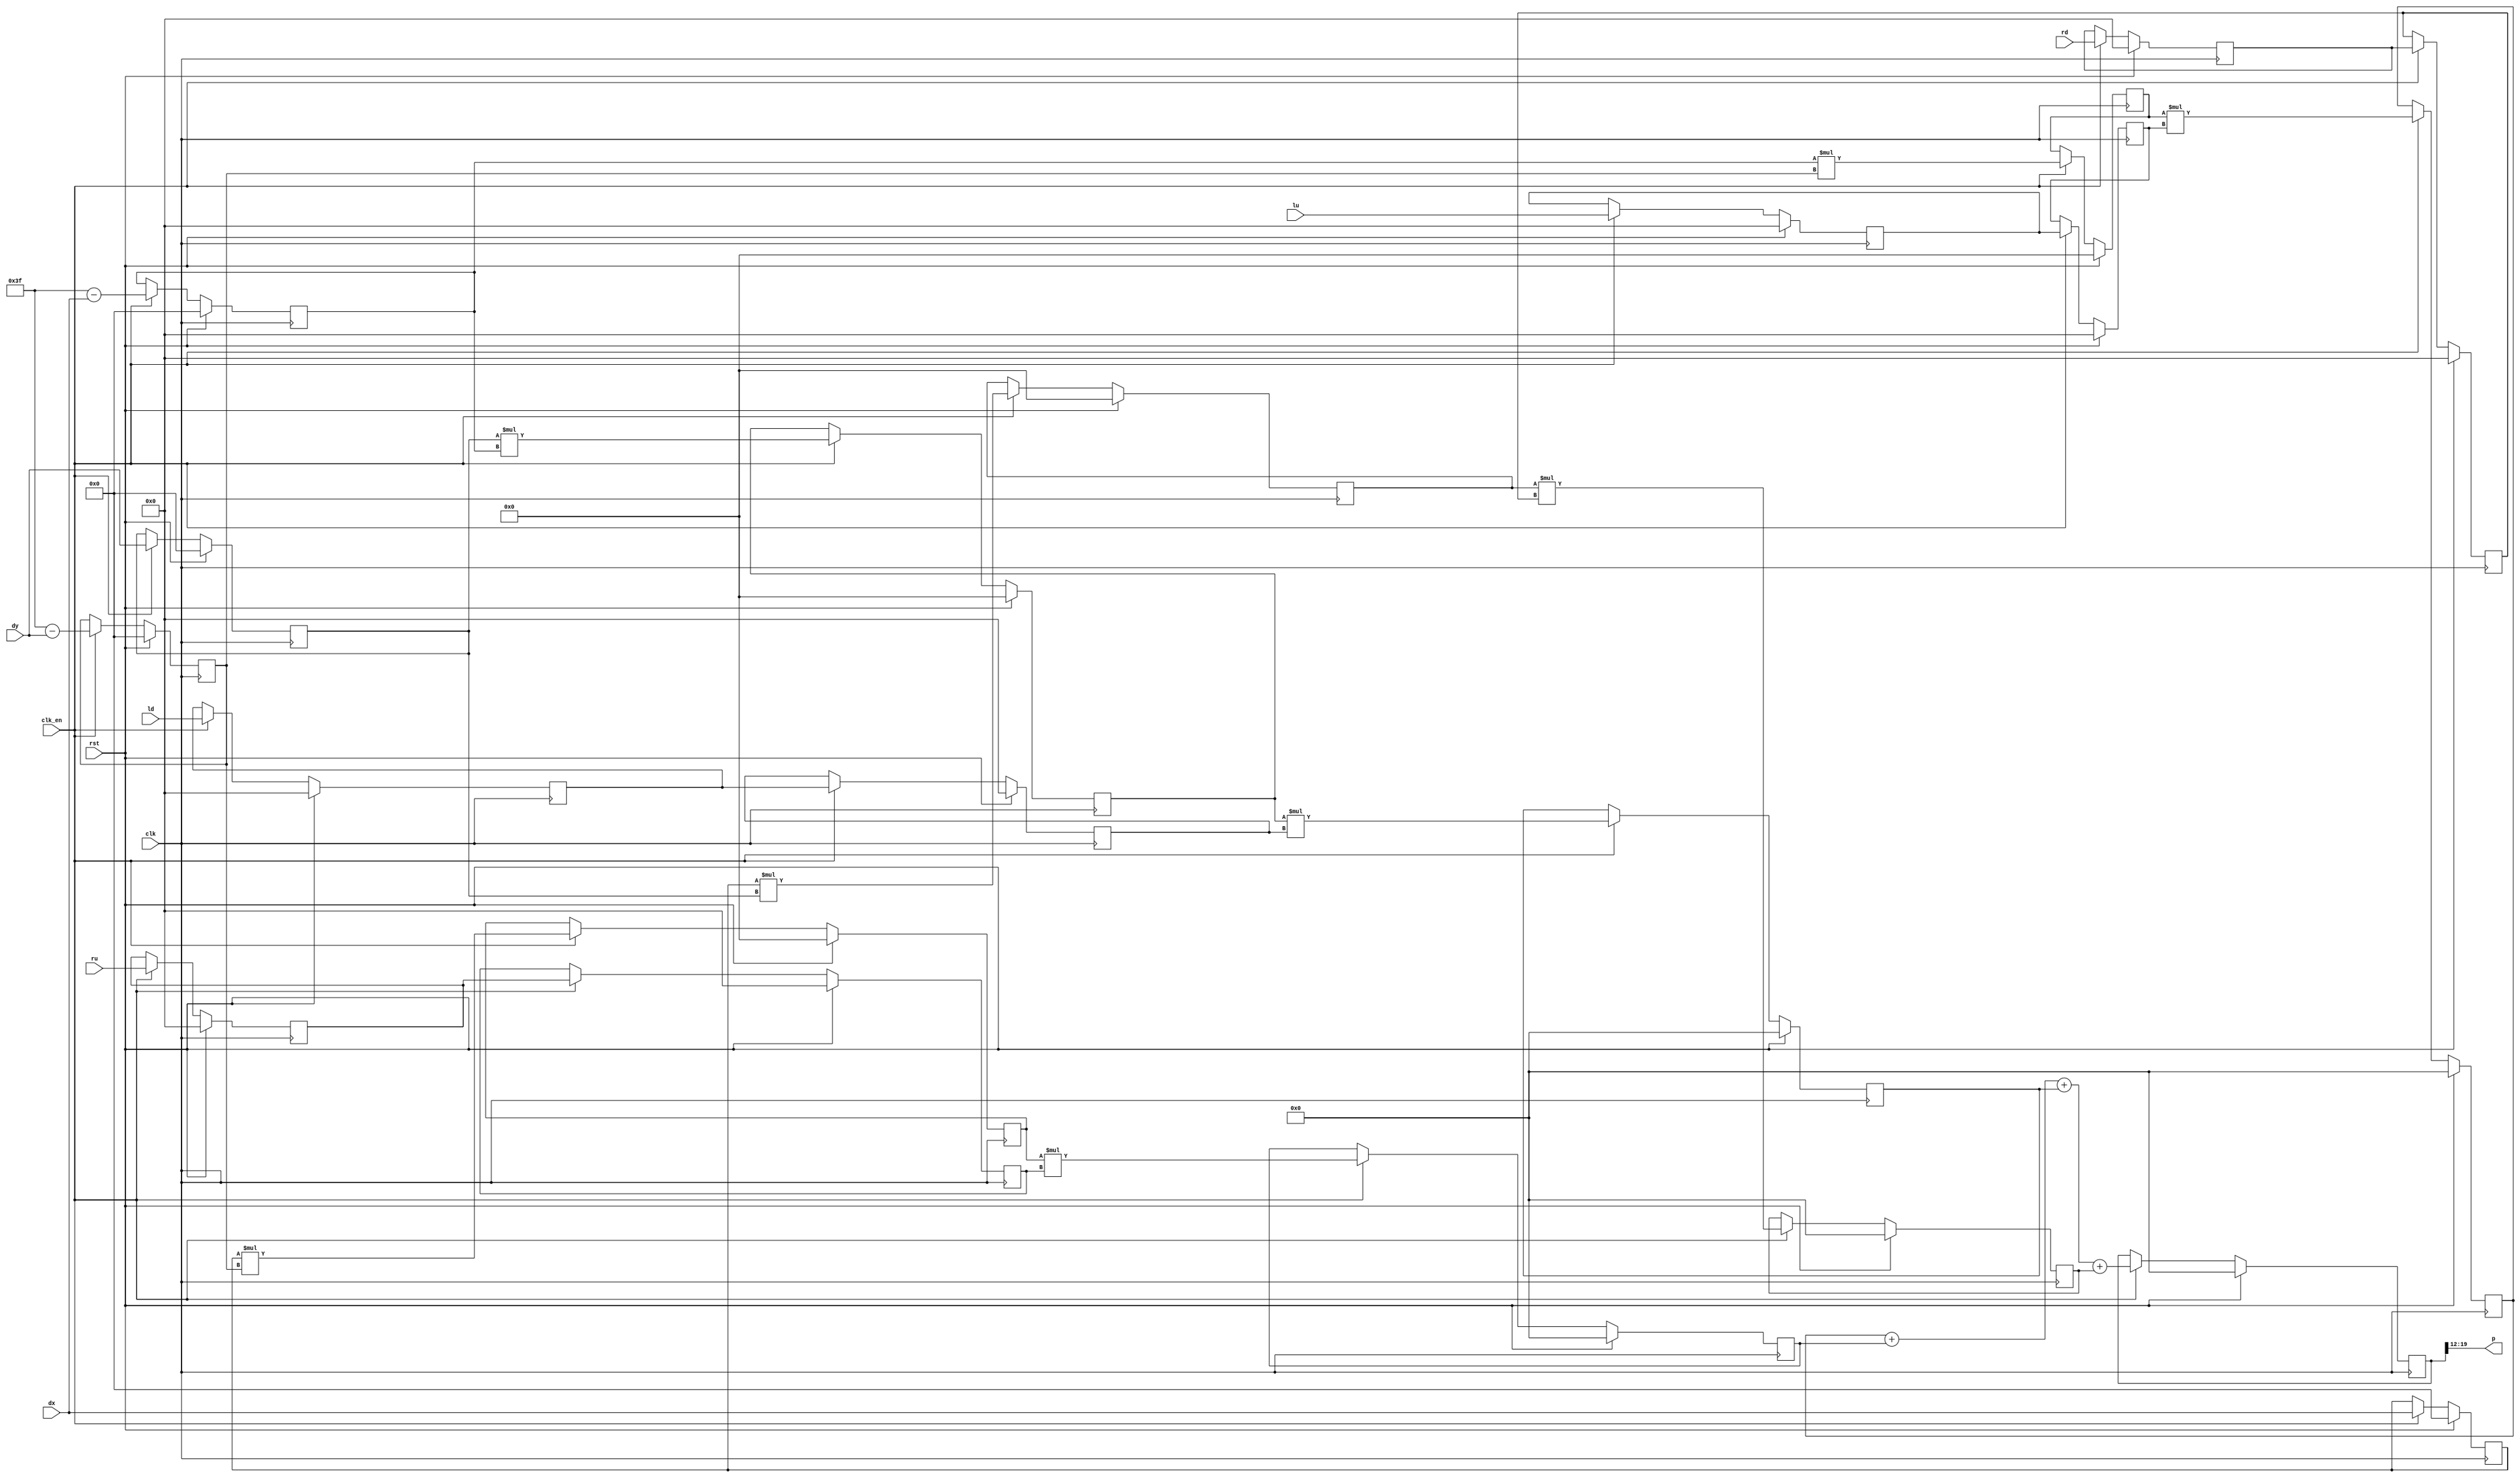
`timescale 1ns / 1ps
//////////////////////////////////////////////////////////////////////////////////
// Company: HITSZ
// 
// Design Name: 
// Module Name: ImgBoundaryFlag
// Project Name: 
// Target Devices: 
// Tool Versions: 
// Description: 
// 
// Dependencies: 
// 
// Revision:
// Revision 0.01 - File Created
// Additional Comments:
// 
//////////////////////////////////////////////////////////////////////////////////


module  interpolator_raw # //"raw" means that this model is not wrapped with AXI
(
    parameter D_width = 6
)
(
    input clk,rst,
    input clk_en,
    input [D_width-1:0]dx,dy,
    input [7:0] lu,ru,ld,rd,
    output [7:0] p

);
//stage 1
reg [D_width-1:0] keep_dx,keep_dy;
reg [D_width-1:0] sub_dx,sub_dy;
reg [7:0] lu_1,ru_1,ld_1,rd_1;
always @ (posedge clk)
    if(rst) begin
        keep_dx <= 0;
        keep_dy <= 0;
        sub_dx <= 0;
        sub_dy <= 0;
        lu_1 <= 0;
        ru_1 <= 0;
        ld_1 <= 0;
        rd_1 <= 0;
    end
    else if(clk_en) begin
        keep_dx <= dx;
        keep_dy <= dy;
        sub_dx <= {D_width {1'b1}} - dx;
        sub_dy <= {D_width {1'b1}} - dy;
        lu_1 <= lu;
        ru_1 <= ru;
        ld_1 <= ld;
        rd_1 <= rd;
    end
//stage 2
reg [7:0] lu_2,ru_2,ld_2,rd_2;
localparam S2_width = D_width * 2;
reg [S2_width-1:0] mul_1,mul_2,mul_3,mul_4;
always @ (posedge clk)
    if(rst) begin
        mul_1 <= 0;
        mul_2 <= 0;
        mul_3 <= 0;
        mul_4 <= 0;
        lu_2 <= 0;
        ru_2 <= 0;
        ld_2 <= 0;
        rd_2 <= 0;
    end
    else if(clk_en) begin
        mul_1 <= sub_dx * sub_dy;
        mul_2 <= keep_dx * sub_dy;
        mul_3 <= keep_dy * sub_dx;
        mul_4 <= keep_dx * keep_dy;
        lu_2 <= lu_1;
        ru_2 <= ru_1;
        ld_2 <= ld_1;
        rd_2 <= rd_1;
    end
//stage 3
localparam S3_width = S2_width + 8;
reg [S3_width-1:0] mul_lu,mul_ru,mul_ld,mul_rd;
always @ (posedge clk)
    if(rst) begin
        mul_lu <= 0;
        mul_ru <= 0;
        mul_ld <= 0;
        mul_rd <= 0;
    end
    else if(clk_en) begin
        mul_lu <= mul_1 * lu_2;
        mul_ru <= mul_2 * ru_2;
        mul_ld <= mul_3 * ld_2;
        mul_rd <= mul_4 * rd_2;
    end
//stage 3
localparam S4_width = S3_width;
reg [S4_width-1:0] sum;
always @ (posedge clk)
    if(rst) begin
        sum <= 0;
    end
    else if(clk_en) begin
        sum <= mul_lu+mul_ru+mul_ld+mul_rd;
    end
//pixel output
assign p = sum[S4_width-1 -: 8];



endmodule